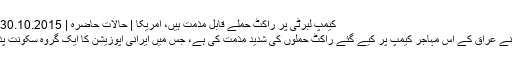
کیمپ لبرٹی پر راکٹ حملے قابل مذمت ہیں، امریکا | حالات حاضرہ | DW | 30.10.2015
امریکا نے عراق کے اُس مہاجر کیمپ پر کیے گئے راکٹ حملوں کی شدید مذمت کی ہے، جس میں ایرانی اپوزیشن کا ایک گروہ سکونت پذیر ہے۔